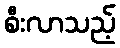
စီးလာသည့်